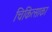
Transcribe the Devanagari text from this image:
चिकित्साका